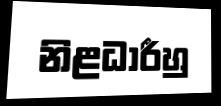
නිළධාරීහු